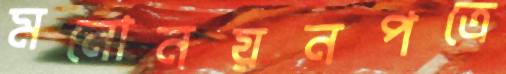
মনোনয়নপত্রে